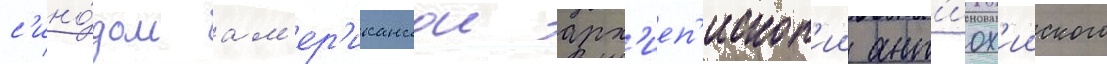
с'ино́дом ам'ер'иканскои арх'иеп'ископ'ии ант'иох'ииского